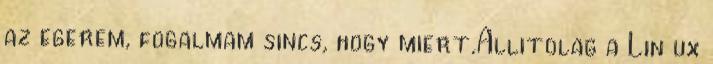
az egerem, fogalmam sincs, hogy miert.Allitolag a Lin ux